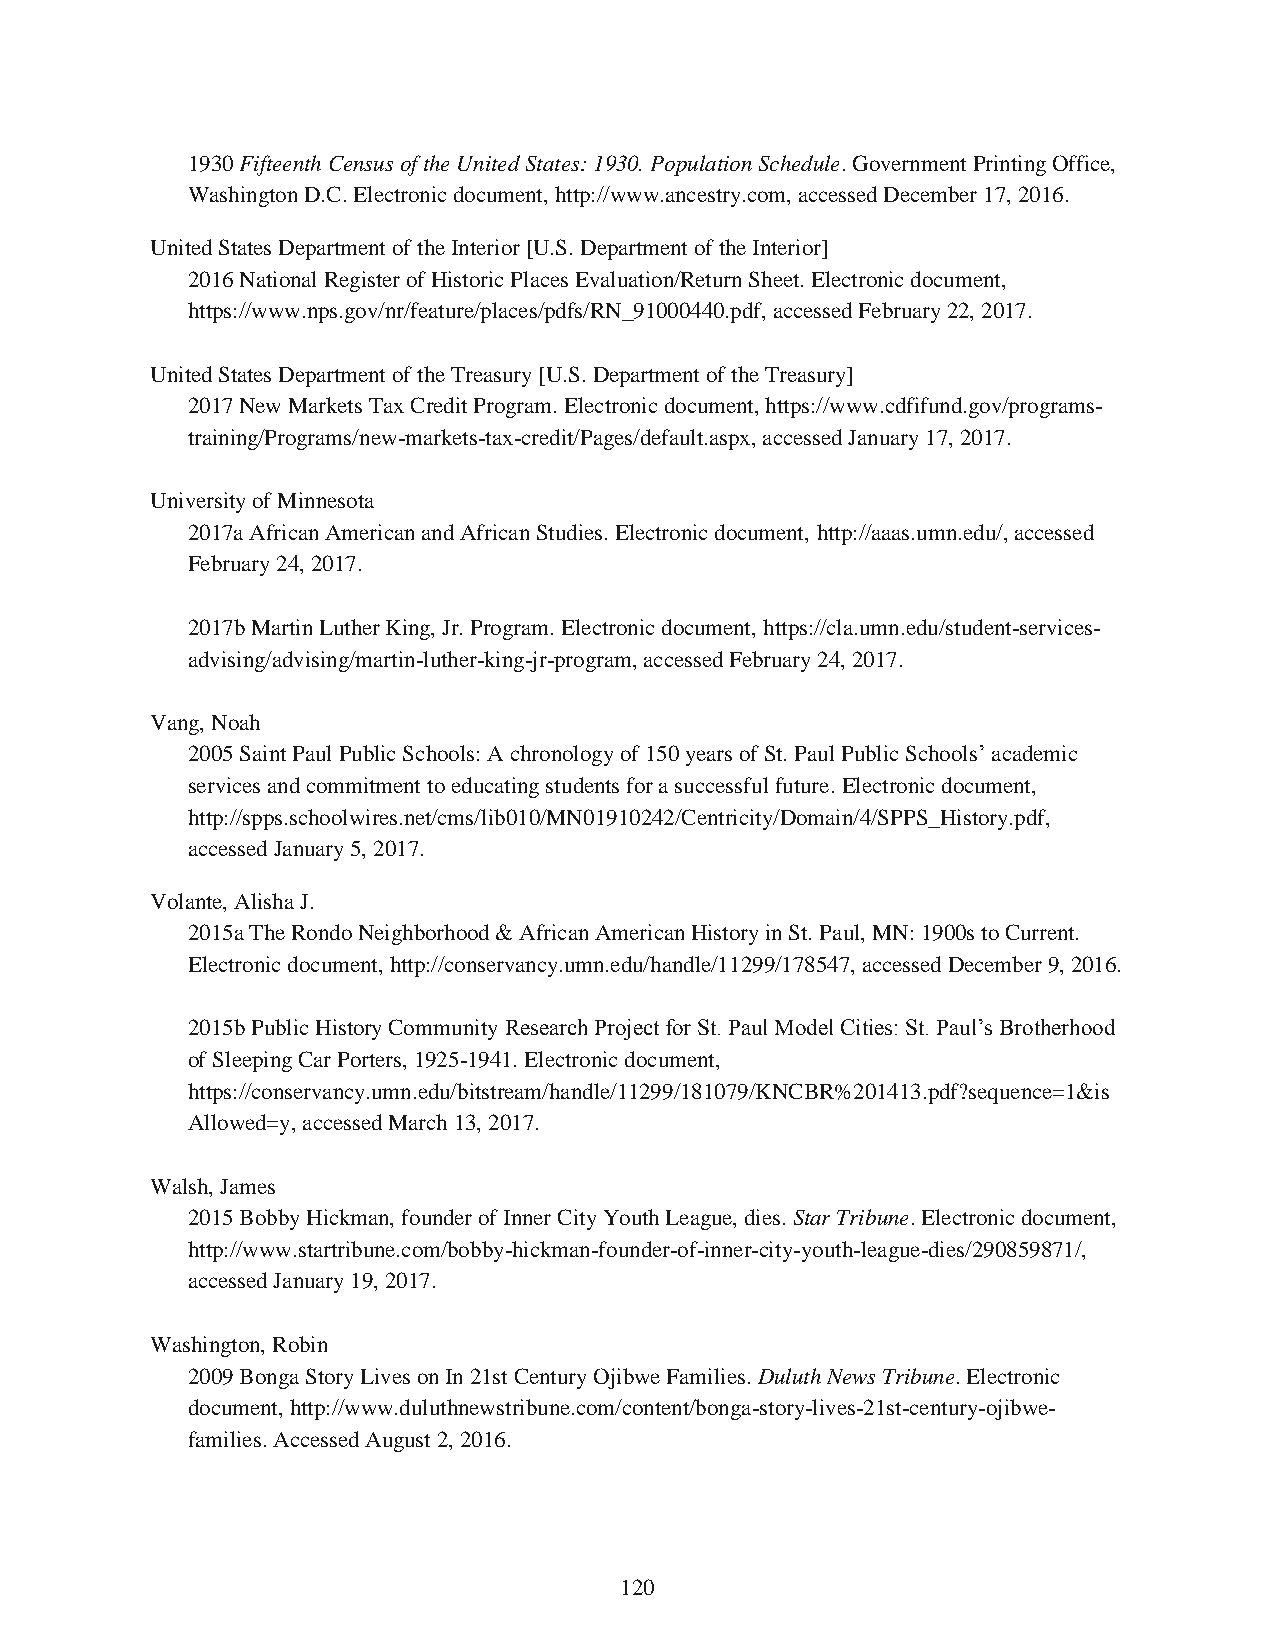
1930 Fifteenth Census of the United States: 1930. Population Schedule. Government Printing Office,
 Washington D.C. Electronic document, http://www.ancestry.com, accessed December 17, 2016.
 United States Department of the Interior [U.S. Department of the Interior]
 2016 National Register of Historic Places Evaluation/Return Sheet. Electronic document,
 https://www.nps.gov/nr/feature/places/pdfs/RN_91000440.pdf, accessed February 22, 2017.
 United States Department of the Treasury [U.S. Department of the Treasury]
 2017 New Markets Tax Credit Program. Electronic document, https://www.cdfifund.gov/programs-
 training/Programs/new-markets-tax-credit/Pages/default.aspx, accessed January 17, 2017.
 University of Minnesota
 2017a African American and African Studies. Electronic document, http://aaas.umn.edu/, accessed
 February 24, 2017.
 2017b Martin Luther King, Jr. Program. Electronic document, https://cla.umn.edu/student-services-
 advising/advising/martin-luther-king-jr-program, accessed February 24, 2017.
 Vang, Noah
 2005 Saint Paul Public Schools: A chronology of 150 years of St. Paul Public Schools’ academic
 services and commitment to educating students for a successful future. Electronic document,
 http://spps.schoolwires.net/cms/lib010/MN01910242/Centricity/Domain/4/SPPS_History.pdf,
 accessed January 5, 2017.
 Volante, Alisha J.
 2015a The Rondo Neighborhood & African American History in St. Paul, MN: 1900s to Current.
 Electronic document, http://conservancy.umn.edu/handle/11299/178547, accessed December 9, 2016.
 2015b Public History Community Research Project for St. Paul Model Cities: St. Paul’s Brotherhood
 of Sleeping Car Porters, 1925-1941. Electronic document,
 https://conservancy.umn.edu/bitstream/handle/11299/181079/KNCBR%201413.pdf?sequence=1&is
 Allowed=y, accessed March 13, 2017.
 Walsh, James
 2015 Bobby Hickman, founder of Inner City Youth League, dies. Star Tribune. Electronic document,
 http://www.startribune.com/bobby-hickman-founder-of-inner-city-youth-league-dies/290859871/,
 accessed January 19, 2017.
 Washington, Robin
 2009 Bonga Story Lives on In 21st Century Ojibwe Families. Duluth News Tribune. Electronic
 document, http://www.duluthnewstribune.com/content/bonga-story-lives-21st-century-ojibwe-
 families. Accessed August 2, 2016.
 120